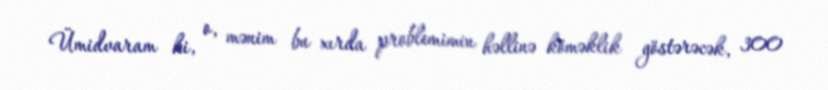
Ümidvaram ki, o, mənim bu xırda problemimin həllinə köməklik göstərəcək, 300